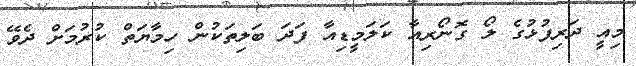
މިއީ ދަރިފުޅުގެ ލޯ ގޮނޯރިއާ ކަލަމީޑިއާ ފަދަ ބަލިތަކުން ހިމާޔަތް ކުރުމަށް ދެވޭ